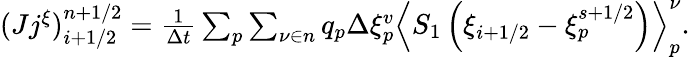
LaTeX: \begin{array}{r}{(Jj^{\xi})_{i+1/2}^{n+1/2}=\frac{1}{\Delta t}\sum_{p}\sum_{\nu\in n}q_{p}\Delta\xi_{p}^{v}\left\langle{S_{1}}\left({\xi}_{i+1/2}-{\xi}_{p}^{s+1/2}\right)\right\rangle_{p}^{\nu}.}\end{array}